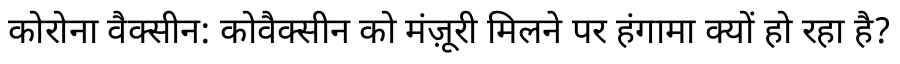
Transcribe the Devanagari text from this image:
कोरोना वैक्सीन: कोवैक्सीन को मंज़ूरी मिलने पर हंगामा क्यों हो रहा है?